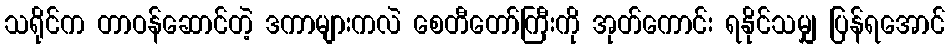
သရိုင်က တာဝန်ဆောင်တဲ့ ဒကာများကလဲ စေတီတော်ကြီးကို အုတ်ကောင်း ရနိုင်သမျှ ပြန်ရအောင်